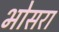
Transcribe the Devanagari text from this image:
भोसरा